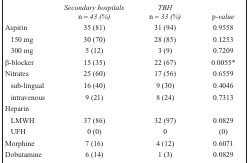
<table><thead><tr><td></td><td><b><i>Secondary hospitals n = 43 (%)</i></b></td><td><b><i>TBH n = 33 (%)</i></b></td><td><b>p<i>-value</i></b></td></tr></thead><tbody><tr><td>Aspirin</td><td>35 (81)</td><td>31 (94)</td><td>0.9558</td></tr><tr><td>150 mg</td><td>30 (70)</td><td>28 (85)</td><td>0.1253</td></tr><tr><td>300 mg</td><td>5 (12)</td><td>3 (9)</td><td>0.7209</td></tr><tr><td>β-blocker</td><td>15 (35)</td><td>22 (67)</td><td>0.0055*</td></tr><tr><td>Nitrates</td><td>25 (60)</td><td>17 (56)</td><td>0.6559</td></tr><tr><td>sub-lingual</td><td>16 (40)</td><td>9 (30)</td><td>0.4046</td></tr><tr><td>intravenous</td><td>9 (21)</td><td>8 (24)</td><td>0.7313</td></tr><tr><td colspan="4">Heparin</td></tr><tr><td>LMWH</td><td>37 (86)</td><td>32 (97)</td><td>0.0829</td></tr><tr><td>UFH</td><td>0 (0)</td><td>0</td><td>(0)</td></tr><tr><td>Morphine</td><td>7 (16)</td><td>4 (12)</td><td>0.6071</td></tr><tr><td>Dobutamine</td><td>6 (14)</td><td>1 (3)</td><td>0.0829</td></tr></tbody></table>